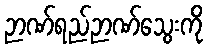
ဉာဏ်ရည်ဉာဏ်သွေးကို